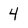
Character: 4